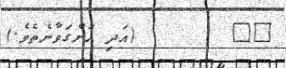
١٤        (އަދި އަންގަވާނެތެވެ.)